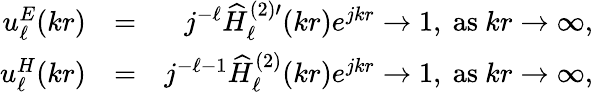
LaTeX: \begin{array}{rlr}{u_{\ell}^{E}(kr)}&{=}&{j^{-\ell}\widehat{H}_{\ell}^{(2)\prime}(kr)e^{jkr}\to 1,\mathrm{~as~}kr\to\infty,}\\ {u_{\ell}^{H}(kr)}&{=}&{j^{-\ell-1}\widehat{H}_{\ell}^{(2)}(kr)e^{jkr}\to 1,\mathrm{~as~}kr\to\infty,}\end{array}